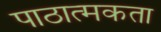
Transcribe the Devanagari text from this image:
पाठात्मकता